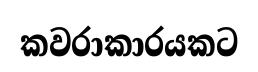
කවරාකාරයකට